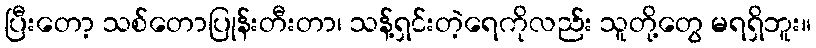
ပြီးတော့ သစ်တောပြုန်းတီးတာ၊ သန့်ရှင်းတဲ့ရေကိုလည်း သူတို့တွေ မရရှိဘူး။